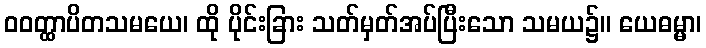
ဝဝတ္ထာပိတသမယေ၊ ထို ပိုင်းခြား သတ်မှတ်အပ်ပြီးသော သမယ၌။ ယေဓမ္မာ၊